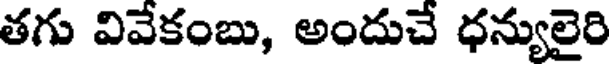
తగు వివేకంబు, అందుచే ధన్యులైరి